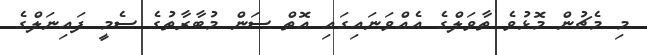
މި މެޗުން މޮޅުވެ ތާވަލްގެ އެއްވަނައިގައި އޮތް ސަން މުބާރާތުގެ ސެމީ ފައިނަލްގެ